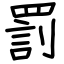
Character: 罰